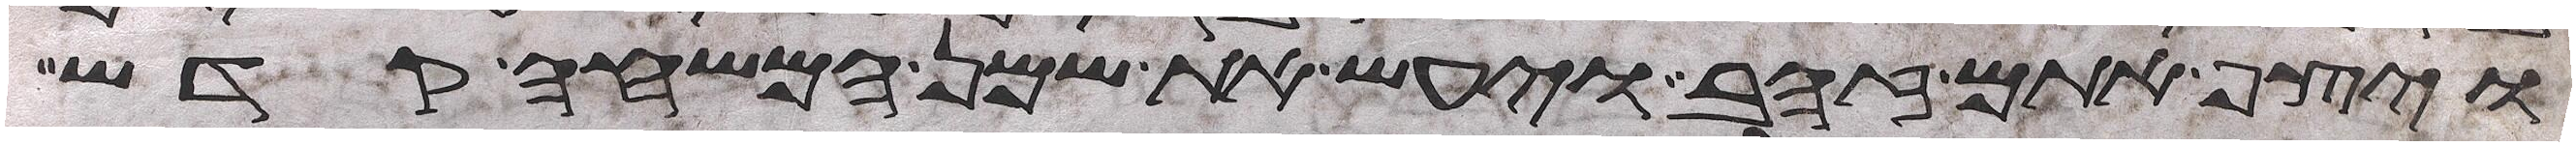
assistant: ויצף אתם זהב ויעש את שמן המשחה קדש